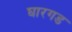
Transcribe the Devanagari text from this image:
घारगड